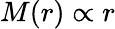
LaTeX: M(r)\propto r